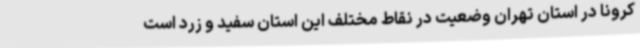
کرونا در استان تهران وضعیت در نقاط مختلف این استان سفید و زرد است